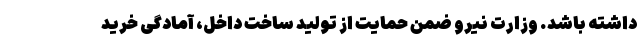
داشته باشد. وزارت نیرو ضمن حمایت از تولید ساخت داخل، آمادگی خرید